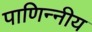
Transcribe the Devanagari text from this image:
पाणिन्नीय